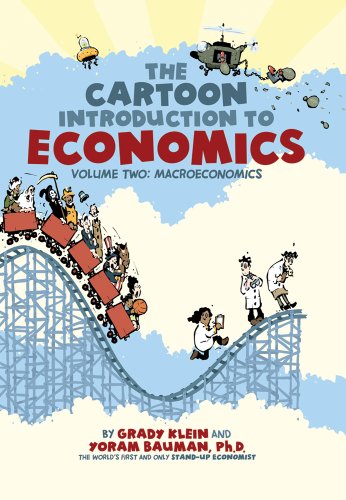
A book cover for The Cartoon Introduction to Economics: Volume Two: Macroeconomics; Yoram Bauman; Comics & Graphic Novels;